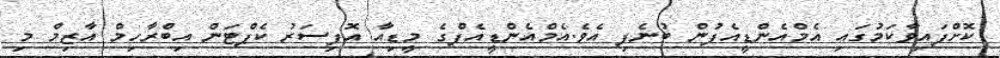
ކޮށްފައިވާކަމުގައި އެމްއެންޑީއެފުން ބުނެފި އެވެ.އެމްއެންޑީއެފްގެ މީޑިއާ އޮފިސަރު ކެޕްޓަން އިބްރާހިމް އާޒިމް މި